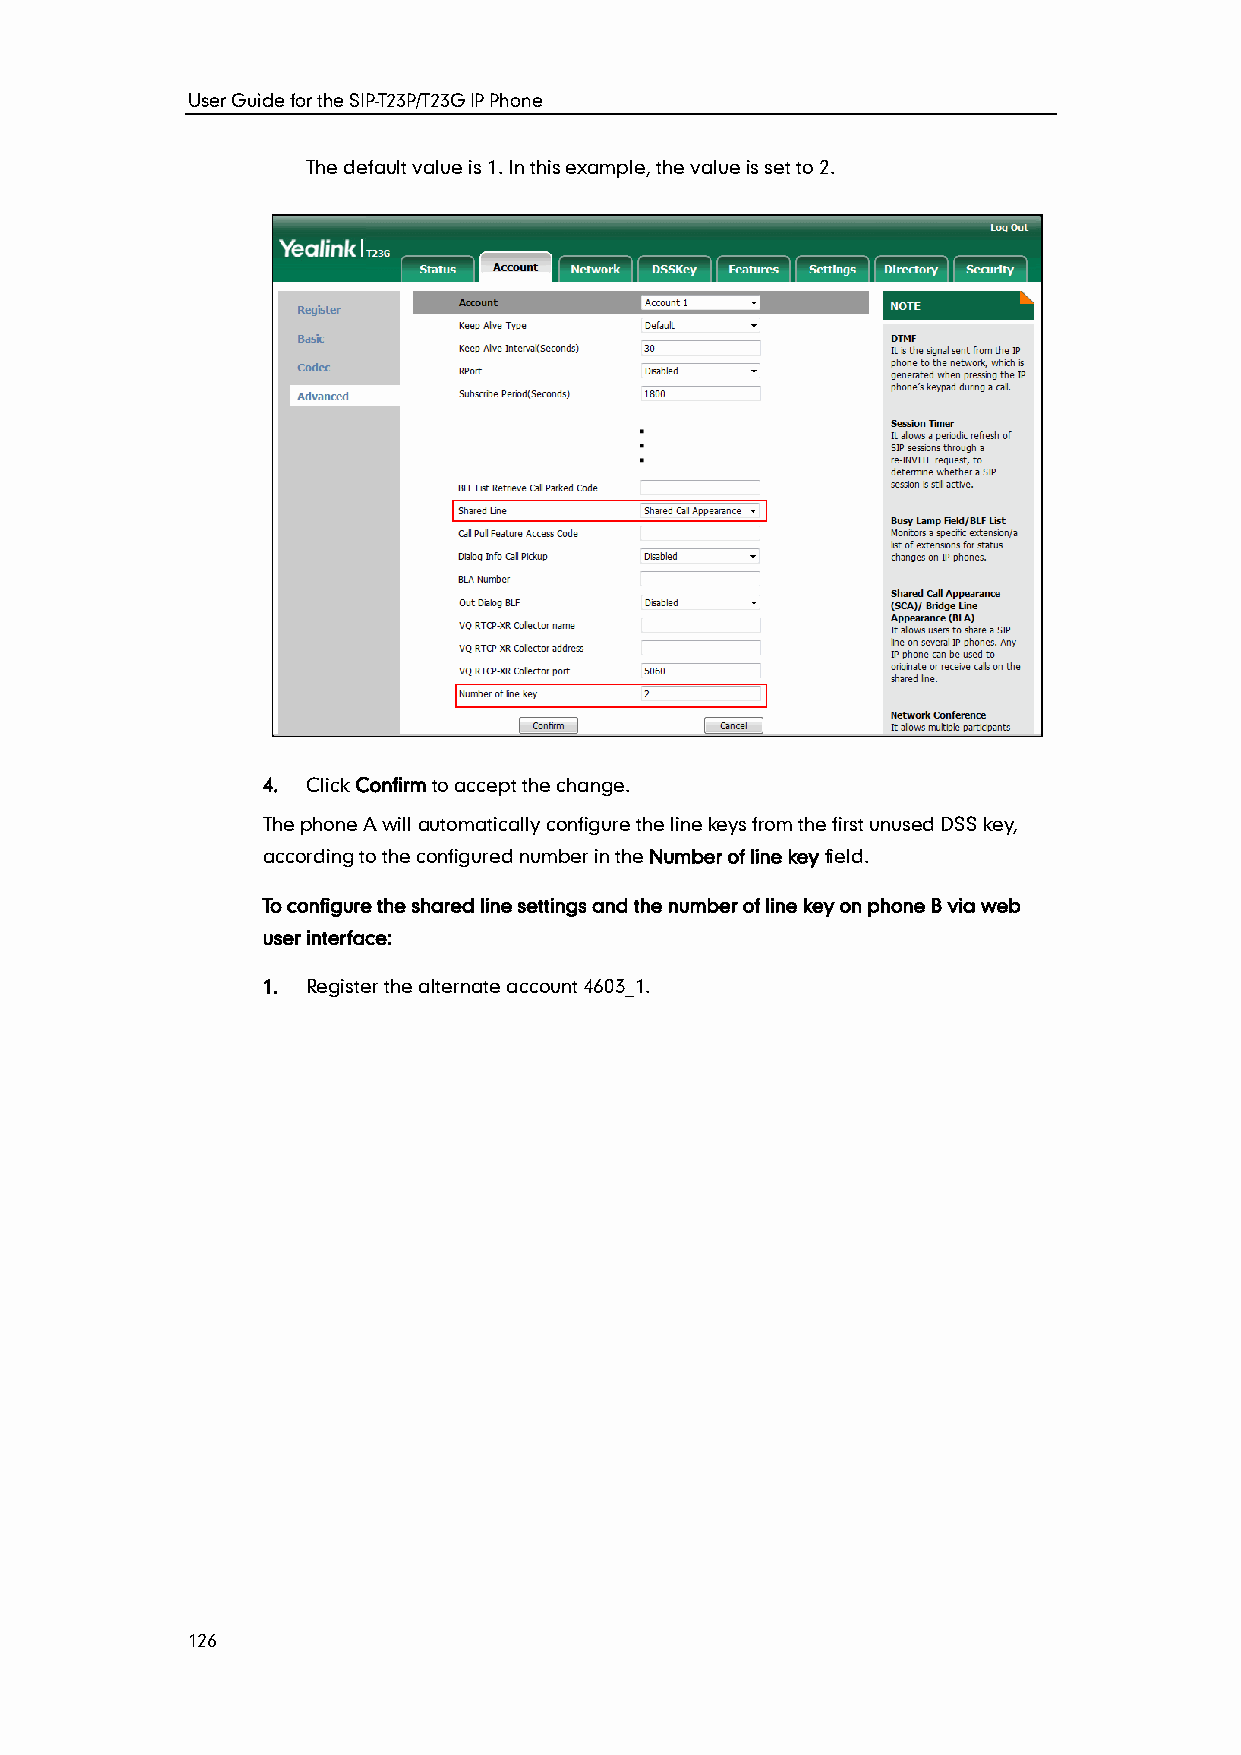
User Guide for the SIP-T23P/T23G IP Phone
 The default value is 1. In this example, the value is set to 2.
 4. Click Confirm to accept the change.
 The phone A will automatically configure the line keys from the first unused DSS key,
 according to the configured number in the Number of line key field.
 To configure the shared line settings and the number of line key on phone B via web
 user interface:
 1. Register the alternate account 4603_1.
 126